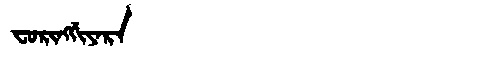
Manchu: ᠸᠣᡵᡳᠩᡤᡳᠶᠠᡵᠠ
Romanization: FORINGGIYARA